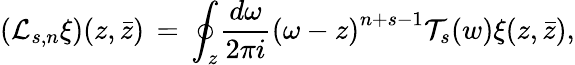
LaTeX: (\mathcal{L}_{s,n}\xi)(z,\bar{z})\, =\, {\oint_{z}}{\frac{d\omega}{2\pi i}{(\omega-z)}^{n+s-1}\mathcal{T}_{s}(w)\xi(z,\bar{z})},